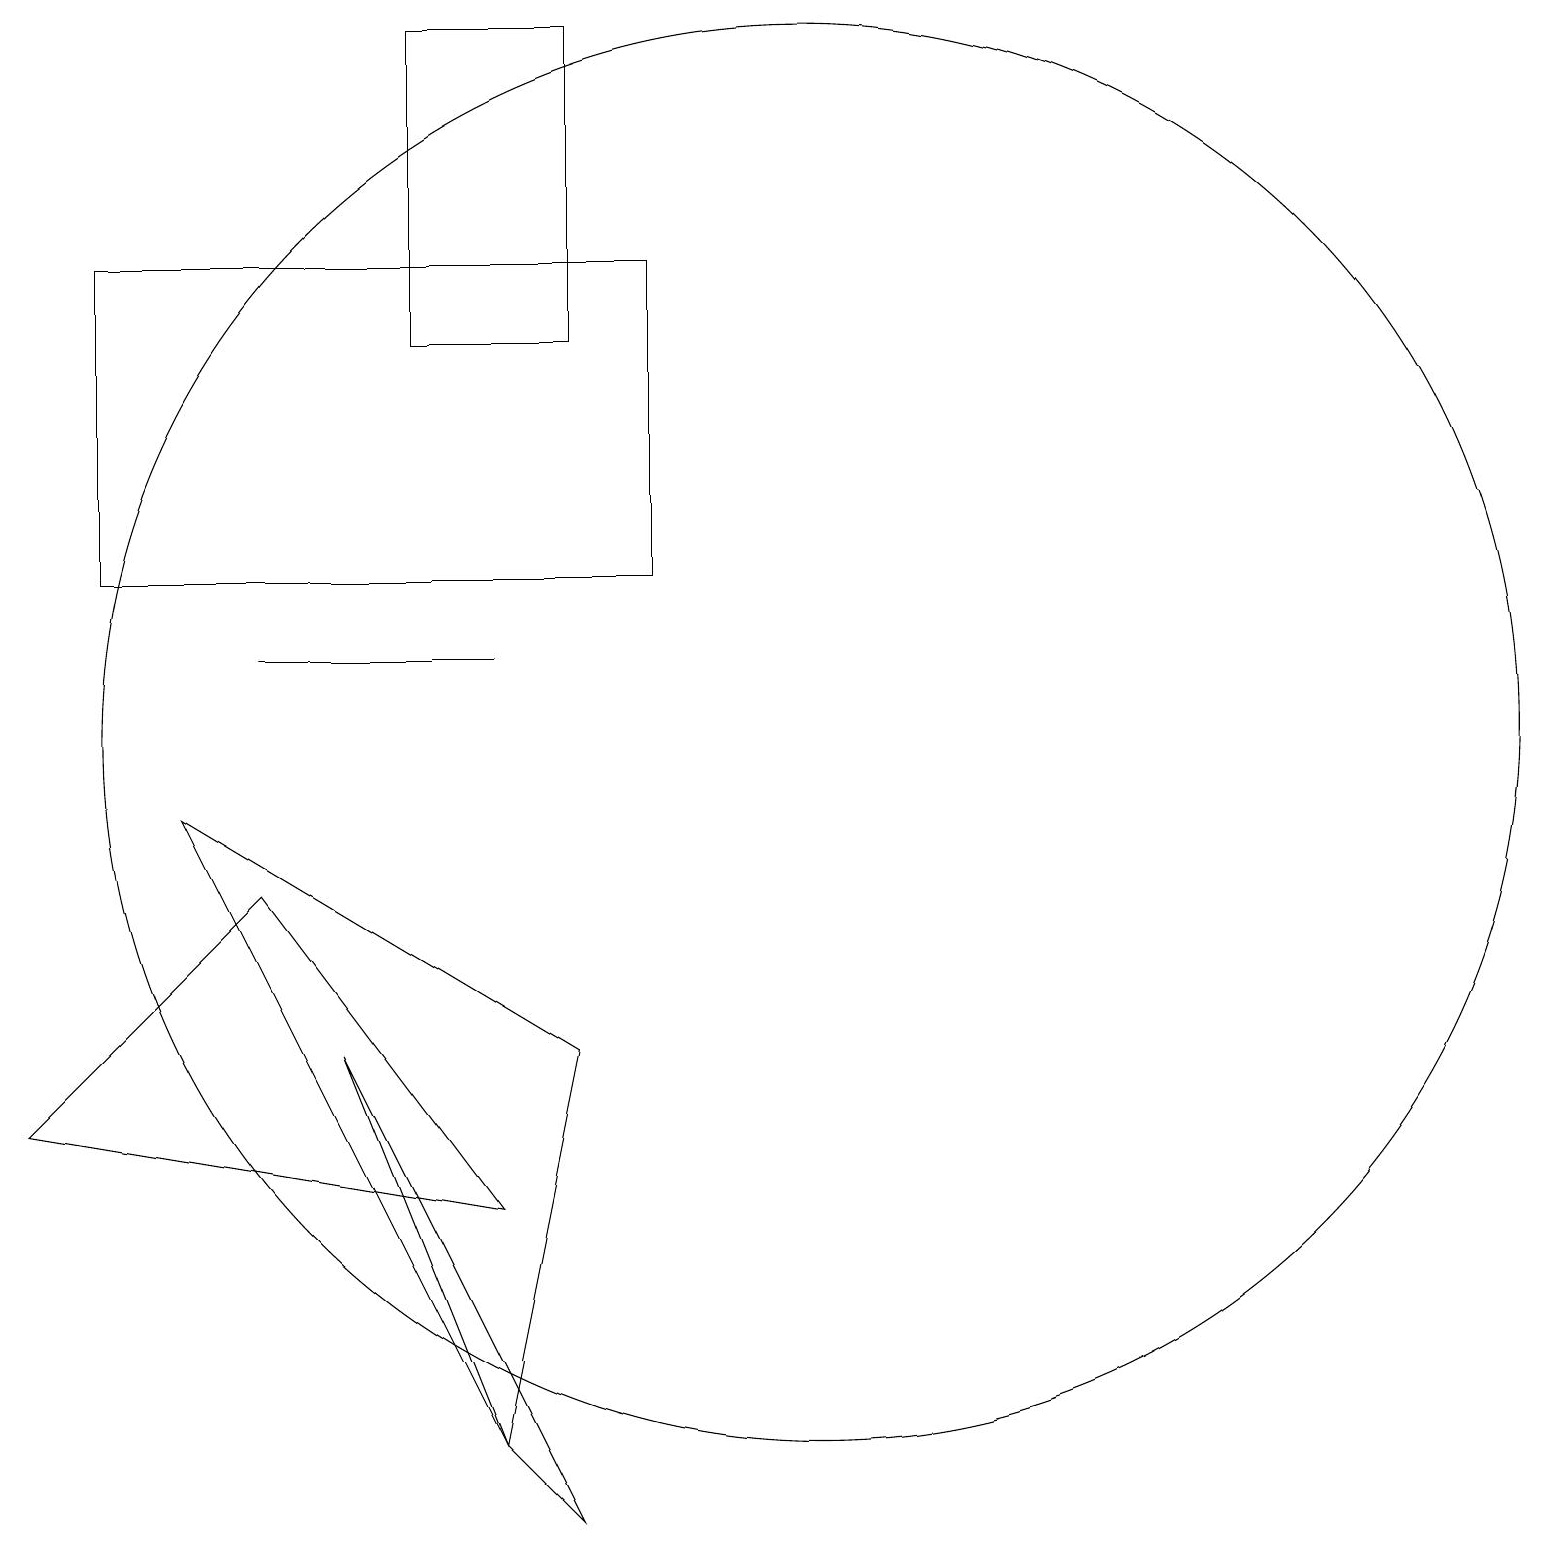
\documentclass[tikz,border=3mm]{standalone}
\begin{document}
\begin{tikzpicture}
\draw (6,4) -- (0,5) -- (3,8) -- cycle;
\draw (5,19) rectangle (7,15);
\draw (6,1) -- (7,0) -- (4,6) -- cycle;
\draw (2,9) -- (6,1) -- (7,6) -- cycle;
\draw (10,10) circle (9);
\draw (6,11) rectangle (3,11);
\draw (1,12) rectangle (8,16);
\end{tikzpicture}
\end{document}